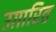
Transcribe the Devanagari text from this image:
उग़ारित